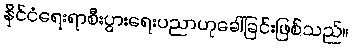
နိုင်ငံရေးရာစီးပွားရေးပညာဟုခေါ်ခြင်းဖြစ်သည်။